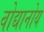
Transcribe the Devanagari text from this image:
वोद्यानोय